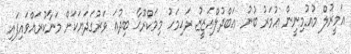
އަމީރުލް މުއުމިނީން ޢުމަރު ބުނު ޢަބްދުލްޢަޒީޒު ރަޙިމަހު މިމަކްރޫޙާ ބިދުޢަ ވަރުގަދަޔަކަށް މަނާކުރައްވައިފައި